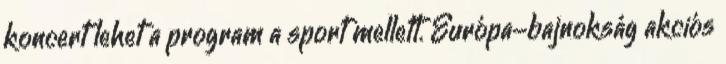
koncert lehet a program a sport mellett. Európa-bajnokság akciós